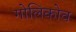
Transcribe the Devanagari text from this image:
गोलिकोव